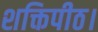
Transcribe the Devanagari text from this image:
शक्तिपीठ।